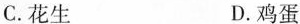
C.花生 D.鸡蛋